Lunatic asylums United Prov. 1922-30 - 1922-1930
Year: 1922
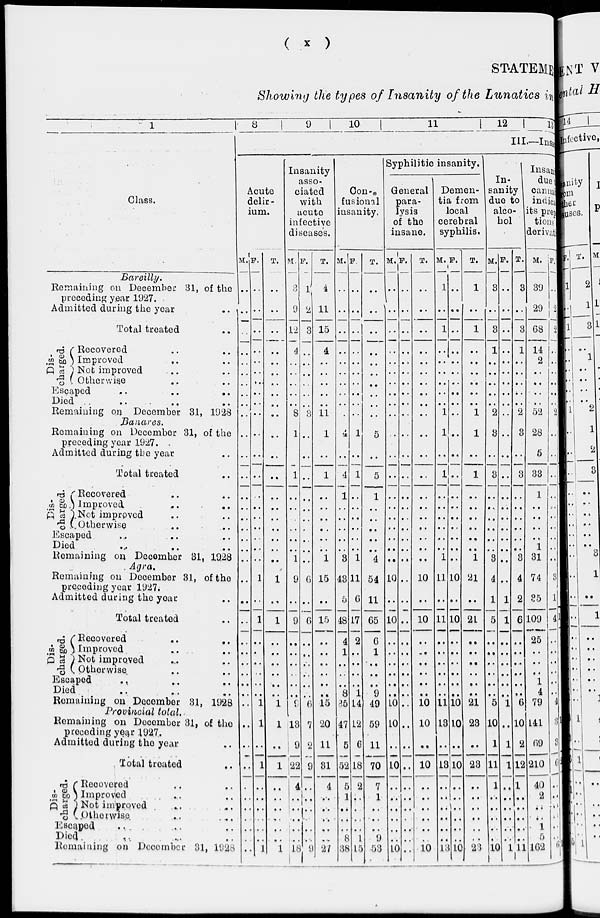
( x )
STATE
Showing the types o
1
Class.
Bareilly.
Remaining on December 31, of the
preceding year 1927.
Admitted during the year
..
Total treated ..
Dis-
charged.
Recovered .. ..
Improved .. ..
Not improved .. ..
Otherwise .. ..
Escaped
..
..
..
Died .. .. ..
Remaining on. December 31, 1928
Banares.
Remaining on December 31, of the
preceding year 1927.
Admitted during the year ..
Total treated ..
Dis-
charged.
Recovered .. ..
Improved
..
..
Not improved .. ..
Otherwise .. ..
Escaped .. .. ..
Died .. .. ..
Remaining on December 31, 1928
Agra.
Remaining on December 31, of the
preceding year 1927.
Admitted during the year ..
Total treated ..
Dis-
charged.
Recovered .. ..
Improved .. ..
Not improved .. ..
Otherwise .. ..
Escaped .. .. ..
Died .. .. ..
Remaining on December 31, 1928
Provincial total.
Remaining on December 31, of the
preceding year 1927.
Admitted during the year ..
Total treated ..
Dis-
charged.
Recovered .. ..
Improved .. ..
Not improved .. ..
Otherwise .. ..
Escaped .. .. ..
Died .. .. ..
Remaining on December 31, 1928
8
9
10
11
12
13
III.—Insa
Acute
delir-
ium.
M.
..
..
..
..
..
..
..
..
..
..
..
..
..
..
..
..
..
..
..
..
..
..
..
..
..
..
..
..
..
..
..
..
..
..
..
..
..
..
..
..
F.
..
..
..
..
..
..
..
..
..
..
..
..
..
..
..
..
..
..
..
..
1
..
1
..
..
..
..
..
..
1
1
..
1
..
..
..
..
..
..
1
T.
..
..
..
..
..
..
..
..
..
..
..
..
..
..
..
..
..
..
..
..
1
..
1
..
..
..
..
..
..
1
1
..
1
..
..
..
..
..
..
1
Insanity
asso-
ciated
with
acute
infective
diseases.
M.
3
9
12
4
..
..
..
..
..
8
1
..
1
..
..
..
..
..
..
1
9
..
9
..
..
..
..
..
..
9
13
9
22
4
..
..
..
..
..
18
F.
1
2
3
..
..
..
..
..
..
3
..
..
..
..
..
..
..
..
..
..
6
..
6
..
..
..
..
..
..
6
7
2
9
..
..
..
..
..
..
9
T.
4
11
15
4
..
..
..
..
..
11
1
..
1
..
..
..
..
..
..
1
15
..
15
..
..
..
..
..
..
15
20
11
31
4
..
..
..
..
..
27
Con-
fusional
insanity.
M.
..
..
..
..
..
..
..
..
..
..
4
..
4
1
..
..
..
..
..
3
43
5
48
4
1
..
..
..
8
35
47
5
52
5
1
..
..
..
8
38
F.
..
..
..
..
..
..
..
..
..
..
1
..
1
..
..
..
..
..
..
1
11
6
17
2
..
..
..
..
1
14
12
6
18
2
..
..
..
..
1
15
T.
..
..
..
..
..
..
..
..
..
..
5
..
5
1
..
..
..
..
..
4
54
11
65
6
1
..
..
..
9
49
59
11
70
7
1
..
..
..
9
53
Syphilitic insanity.
General
para-
lysis
of the
insane.
M.
..
..
..
..
..
..
..
..
..
..
..
..
..
..
..
..
..
..
..
..
10
..
10
..
..
..
..
..
..
10
10
..
10
..
..
..
..
..
..
10
F.
..
..
..
..
..
..
..
..
..
..
..
..
..
..
..
..
..
..
..
..
..
..
..
..
..
..
..
..
..
..
..
..
..
..
..
..
..
..
..
..
T.
..
..
..
..
..
..
..
..
..
..
..
..
..
..
..
..
..
..
..
..
10
..
10
..
..
..
..
..
..
10
10
..
10
..
..
..
..
..
..
10
Demen-
tia from
local
cerebral
syphilis.
M.
1
..
1
..
1
..
..
..
..
1
1
..
1
..
..
..
..
..
..
1
11
..
11
..
..
..
..
..
..
11
13
..
13
..
..
..
..
..
..
13
F.
..
..
..
..
..
..
..
..
..
..
..
..
..
..
..
..
..
..
..
..
10
..
10
..
..
..
..
..
..
10
10
..
10
..
..
..
..
..
..
10
T.
1
..
1
..
..
..
..
..
..
1
1
..
1
..
..
..
..
..
..
1
21
..
21
..
..
..
..
..
..
21
23
..
23
..
..
..
..
..
..
23
In-
sanity
due to
alco-
hol
M.
3
..
3
1
..
..
..
..
..
2
3
..
3
..
..
..
..
..
..
3
4
1
5
..
..
..
..
..
..
5
10
1
11
1
..
..
..
..
..
10
F.
..
..
..
..
..
..
..
..
..
..
..
..
..
..
..
..
..
..
..
..
..
1
1
..
..
..
..
..
..
1
..
1
1
..
..
..
..
..
..
1
T.
3
..
3
1
..
..
..
..
..
2
3
..
3
..
..
..
..
..
..
3
4
2
6
..
..
..
..
..
..
6
10
2
12
1
..
..
..
..
..
11
Insan
due
canna
indica
its prepera-
tions
derivations.
M.
39
29
68
14
2
..
..
..
..
52
28
5
33
1
..
..
..
..
1
31
74
35
109
25
..
..
..
1
4
79
141
69
210
40
2
..
..
1
..
162
F.
..
2
2
..
..
..
..
..
..
2
..
..
..
..
..
..
..
..
..
..
3
1
4
..
..
..
..
..
..
4
3
3
6
..
..
..
..
..
..
6
T.
39
31
70
14
2
..
..
..
..
54
28
5
33
1
..
..
..
..
1
31
77
36
113
25
..
..
..
1
4
83
144
72
216
40
2
..
..
1
..
168